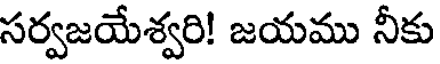
సర్వజయేశ్వరి! జయము నీకు